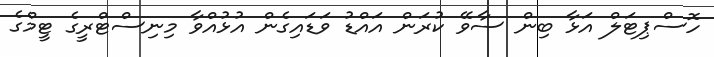
ހޮސްޕިޓަލް އަޅާ ބިން ސާވޭ ކުރަން އައްޑު ވަޑައިގެން އުޅުއްވާ މިނިސްޓްރީގެ ޓީމްގެ